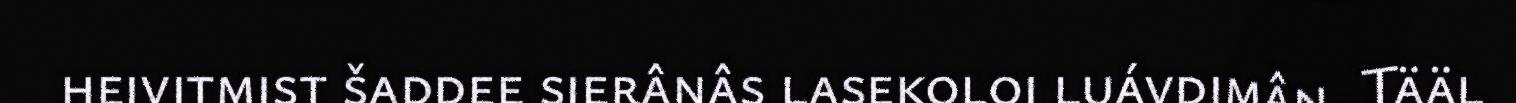
heivitmist šaddee sierânâs lasekoloi luávdimân. Tääl